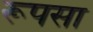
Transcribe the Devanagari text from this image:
रूपसा